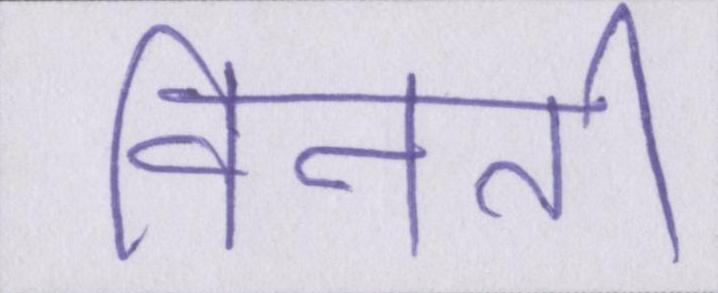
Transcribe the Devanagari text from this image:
विनती